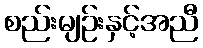
စည်းမျဉ်းနှင့်အညီ